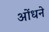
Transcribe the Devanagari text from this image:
ओंधने